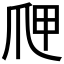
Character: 𭶫